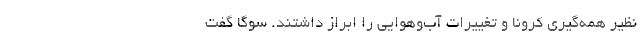
نظیر همه‌گیری کرونا و تغییرات آب‌وهوایی را ابراز داشتند. سوگا گفت